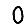
Digit: 0